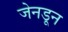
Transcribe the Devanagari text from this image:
जेनडून